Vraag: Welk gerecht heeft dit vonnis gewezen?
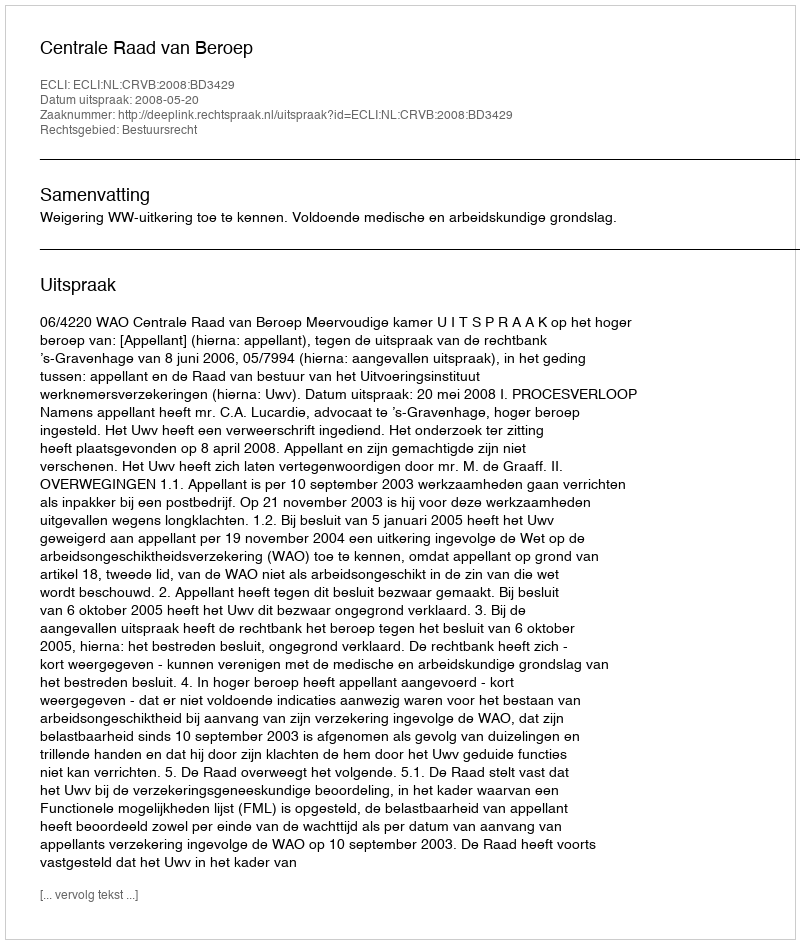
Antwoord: Centrale Raad van Beroep